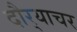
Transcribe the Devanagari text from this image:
दौर्‍याचर